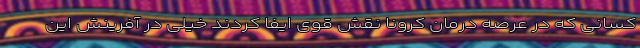
کسانی که در عرصه درمان کرونا نقش قوی ایفا کردند خیلی در آفرینش این